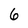
Character: 6